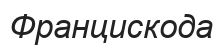
Францискода